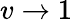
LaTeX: v\rightarrow 1